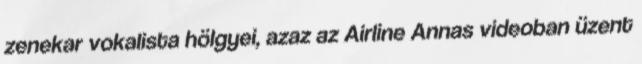
zenekar vokalista hölgyei, azaz az Airline Annas videoban üzent